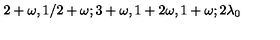
2 + \omega , 1 / 2 + \omega ; 3 + \omega , 1 + 2 \omega , 1 + \omega ; 2 \lambda _ { 0 }